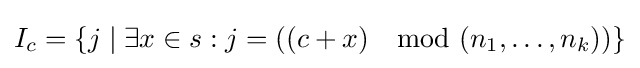
I_{c}=\{j\mid \exists x\in s:j=((c+x)\mod (n_{1},\ldots ,n_{k}))\}